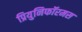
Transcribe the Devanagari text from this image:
प्रियुनिफॉरमस